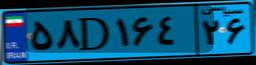
۵۸D۱۶۴۲۶